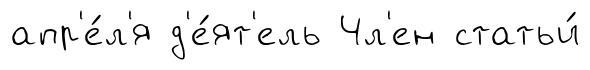
апр'е́л'я д'е́ят'ель Чл'ен статьи́